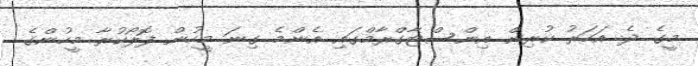
މީގެ ދެ އަހަރު ކުރިން އިންސްޓާގްރާމްގައި އެންމެ ގިނަ މީހުން ފޮލޯކުރާ މީހުންގެ